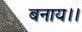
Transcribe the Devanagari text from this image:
बनाय।।